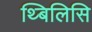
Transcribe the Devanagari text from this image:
थ्बिलिसि